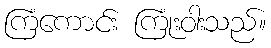
ကြံကောင်း ကြုံးဝါးသည်။